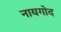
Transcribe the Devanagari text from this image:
नायगोद